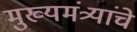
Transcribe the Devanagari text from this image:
मुख्यमंत्र्यांचे